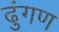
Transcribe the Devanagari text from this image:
ढुंगण